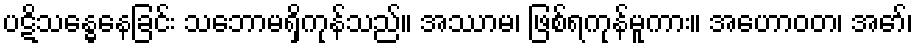
ပဋိသန္ဓေနေခြင်း သဘောမရှိကုန်သည်။ အဿာမ၊ ဖြစ်ရကုန်မူကား။ အဟောဝတ၊ အော်၊